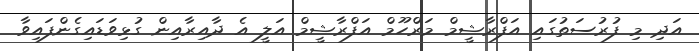
އަދި މި ފުރުސަތުގައި އަފްރާޝީމް މަރްހޫމް އަފްރާޝީމް އަލީ އެ ދާއިރާއިން ގުޅިވަޑައިގެންފައިވާ